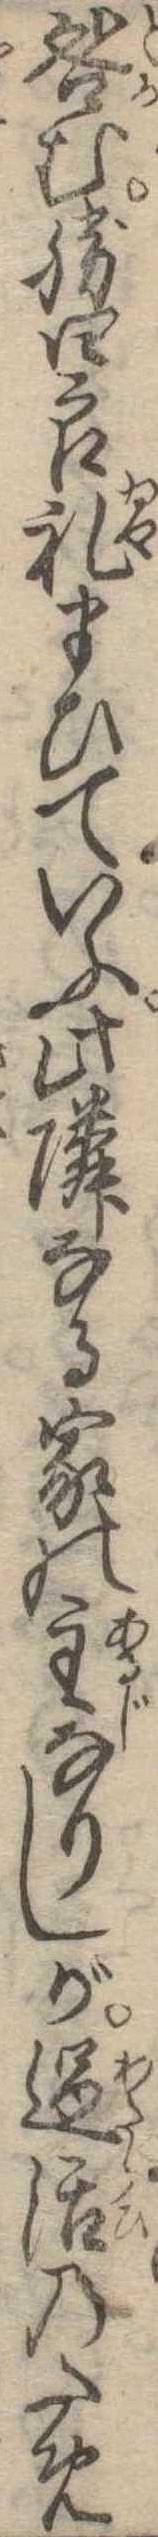
咎む勝四郎礼まひていふ此隣なる家の主なりしが過活のため